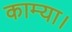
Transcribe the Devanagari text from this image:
काम्या।